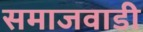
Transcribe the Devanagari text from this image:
समाजवाडी